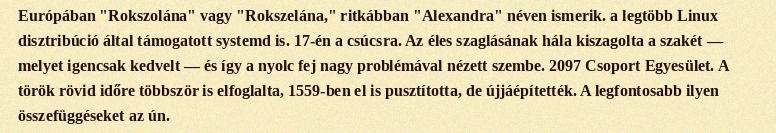
Európában "Rokszolána" vagy "Rokszelána," ritkábban "Alexandra" néven ismerik. a legtöbb Linux disztribúció által támogatott systemd is. 17-én a csúcsra. Az éles szaglásának hála kiszagolta a szakét — melyet igencsak kedvelt — és így a nyolc fej nagy problémával nézett szembe. 2097 Csoport Egyesület. A török rövid időre többször is elfoglalta, 1559-ben el is pusztította, de újjáépítették. A legfontosabb ilyen összefüggéseket az ún.